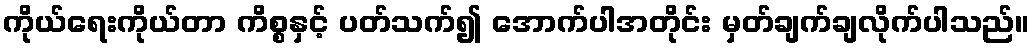
ကိုယ်ရေးကိုယ်တာ ကိစ္စနှင့် ပတ်သက်၍ အောက်ပါအတိုင်း မှတ်ချက်ချလိုက်ပါသည်။